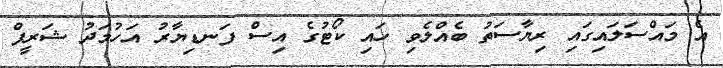
އެ މައްސަލައިގައި ރިޔާސަތު ބެއްލެވި ހައި ކޯޓުގެ އިސް ފަނޑިޔާރު އަހުމަދު ޝަރީފް